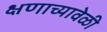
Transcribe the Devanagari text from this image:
क्षणाच्यावेळी